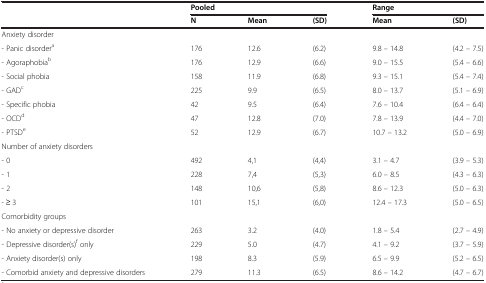
<table><thead><tr><td><b> </b></td><td colspan="3"><b>Pooled</b></td><td colspan="2"><b>Range</b></td></tr><tr><td><b> </b></td><td><b>N</b></td><td><b>Mean</b></td><td><b>(SD)</b></td><td><b>Mean</b></td><td><b>(SD)</b></td></tr></thead><tbody><tr><td>Anxiety disorder</td><td> </td><td> </td><td> </td><td> </td><td> </td></tr><tr><td>- Panic disorder<sup>a</sup></td><td>176</td><td>12.6</td><td>(6.2)</td><td>9.8 – 14.8</td><td>(4.2 – 7.5)</td></tr><tr><td>- Agoraphobia<sup>b</sup></td><td>176</td><td>12.9</td><td>(6.6)</td><td>9.0 – 15.5</td><td>(5.4 – 6.6)</td></tr><tr><td>- Social phobia</td><td>158</td><td>11.9</td><td>(6.8)</td><td>9.3 – 15.1</td><td>(5.4 – 7.4)</td></tr><tr><td>- GAD<sup>c</sup></td><td>225</td><td>9.9</td><td>(6.5)</td><td>8.0 – 13.7</td><td>(5.1 – 6.9)</td></tr><tr><td>- Specific phobia</td><td>42</td><td>9.5</td><td>(6.4)</td><td>7.6 – 10.4</td><td>(6.4 – 6.4)</td></tr><tr><td>- OCD<sup>d</sup></td><td>47</td><td>12.8</td><td>(7.0)</td><td>7.8 – 13.9</td><td>(4.4 – 7.0)</td></tr><tr><td>- PTSD<sup>e</sup></td><td>52</td><td>12.9</td><td>(6.7)</td><td>10.7 – 13.2</td><td>(5.0 – 6.9)</td></tr><tr><td>Number of anxiety disorders</td><td> </td><td> </td><td> </td><td> </td><td> </td></tr><tr><td>- 0</td><td>492</td><td>4,1</td><td>(4,4)</td><td>3.1 – 4.7</td><td>(3.9 – 5.3)</td></tr><tr><td>- 1</td><td>228</td><td>7,4</td><td>(5,3)</td><td>6.0 – 8.5</td><td>(4.3 – 6.3)</td></tr><tr><td>- 2</td><td>148</td><td>10,6</td><td>(5,8)</td><td>8.6 – 12.3</td><td>(5.0 – 6.3)</td></tr><tr><td>- ≥ 3</td><td>101</td><td>15,1</td><td>(6,0)</td><td>12.4 – 17.3</td><td>(5.0 – 6.5)</td></tr><tr><td>Comorbidity groups</td><td> </td><td> </td><td> </td><td> </td><td> </td></tr><tr><td>- No anxiety or depressive disorder</td><td>263</td><td>3.2</td><td>(4.0)</td><td>1.8 – 5.4</td><td>(2.7 – 4.9)</td></tr><tr><td>- Depressive disorder(s)<sup>f</sup> only</td><td>229</td><td>5.0</td><td>(4.7)</td><td>4.1 – 9.2</td><td>(3.7 – 5.9)</td></tr><tr><td>- Anxiety disorder(s) only</td><td>198</td><td>8.3</td><td>(5.9)</td><td>6.5 – 9.9</td><td>(5.2 – 6.5)</td></tr><tr><td>- Comorbid anxiety and depressive disorders</td><td>279</td><td>11.3</td><td>(6.5)</td><td>8.6 – 14.2</td><td>(4.7 – 6.7)</td></tr></tbody></table>